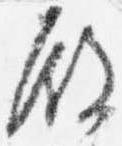
殿